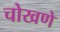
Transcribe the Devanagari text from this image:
चोखणे